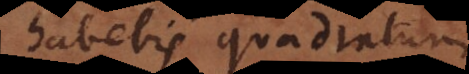
habebis quadratum